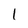
Character: 1